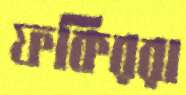
ফকিররা